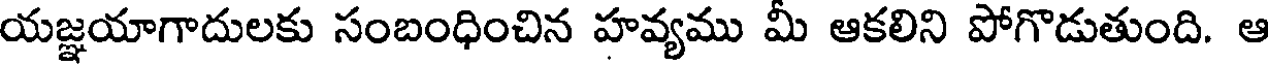
యజ్ఞయాగాదులకు సంబంధించిన హవ్యము మీ ఆకలిని పోగొడుతుంది. ఆ